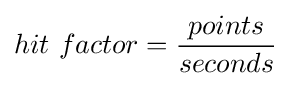
hit\ factor={points \over seconds}